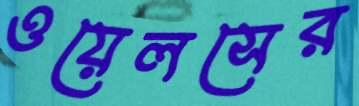
ওয়েলসের